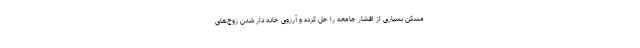
مسکن بسیاری از اقشار جامعه را حل کرده و آرزوی خانه دار شدن زوج‌های